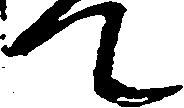
て